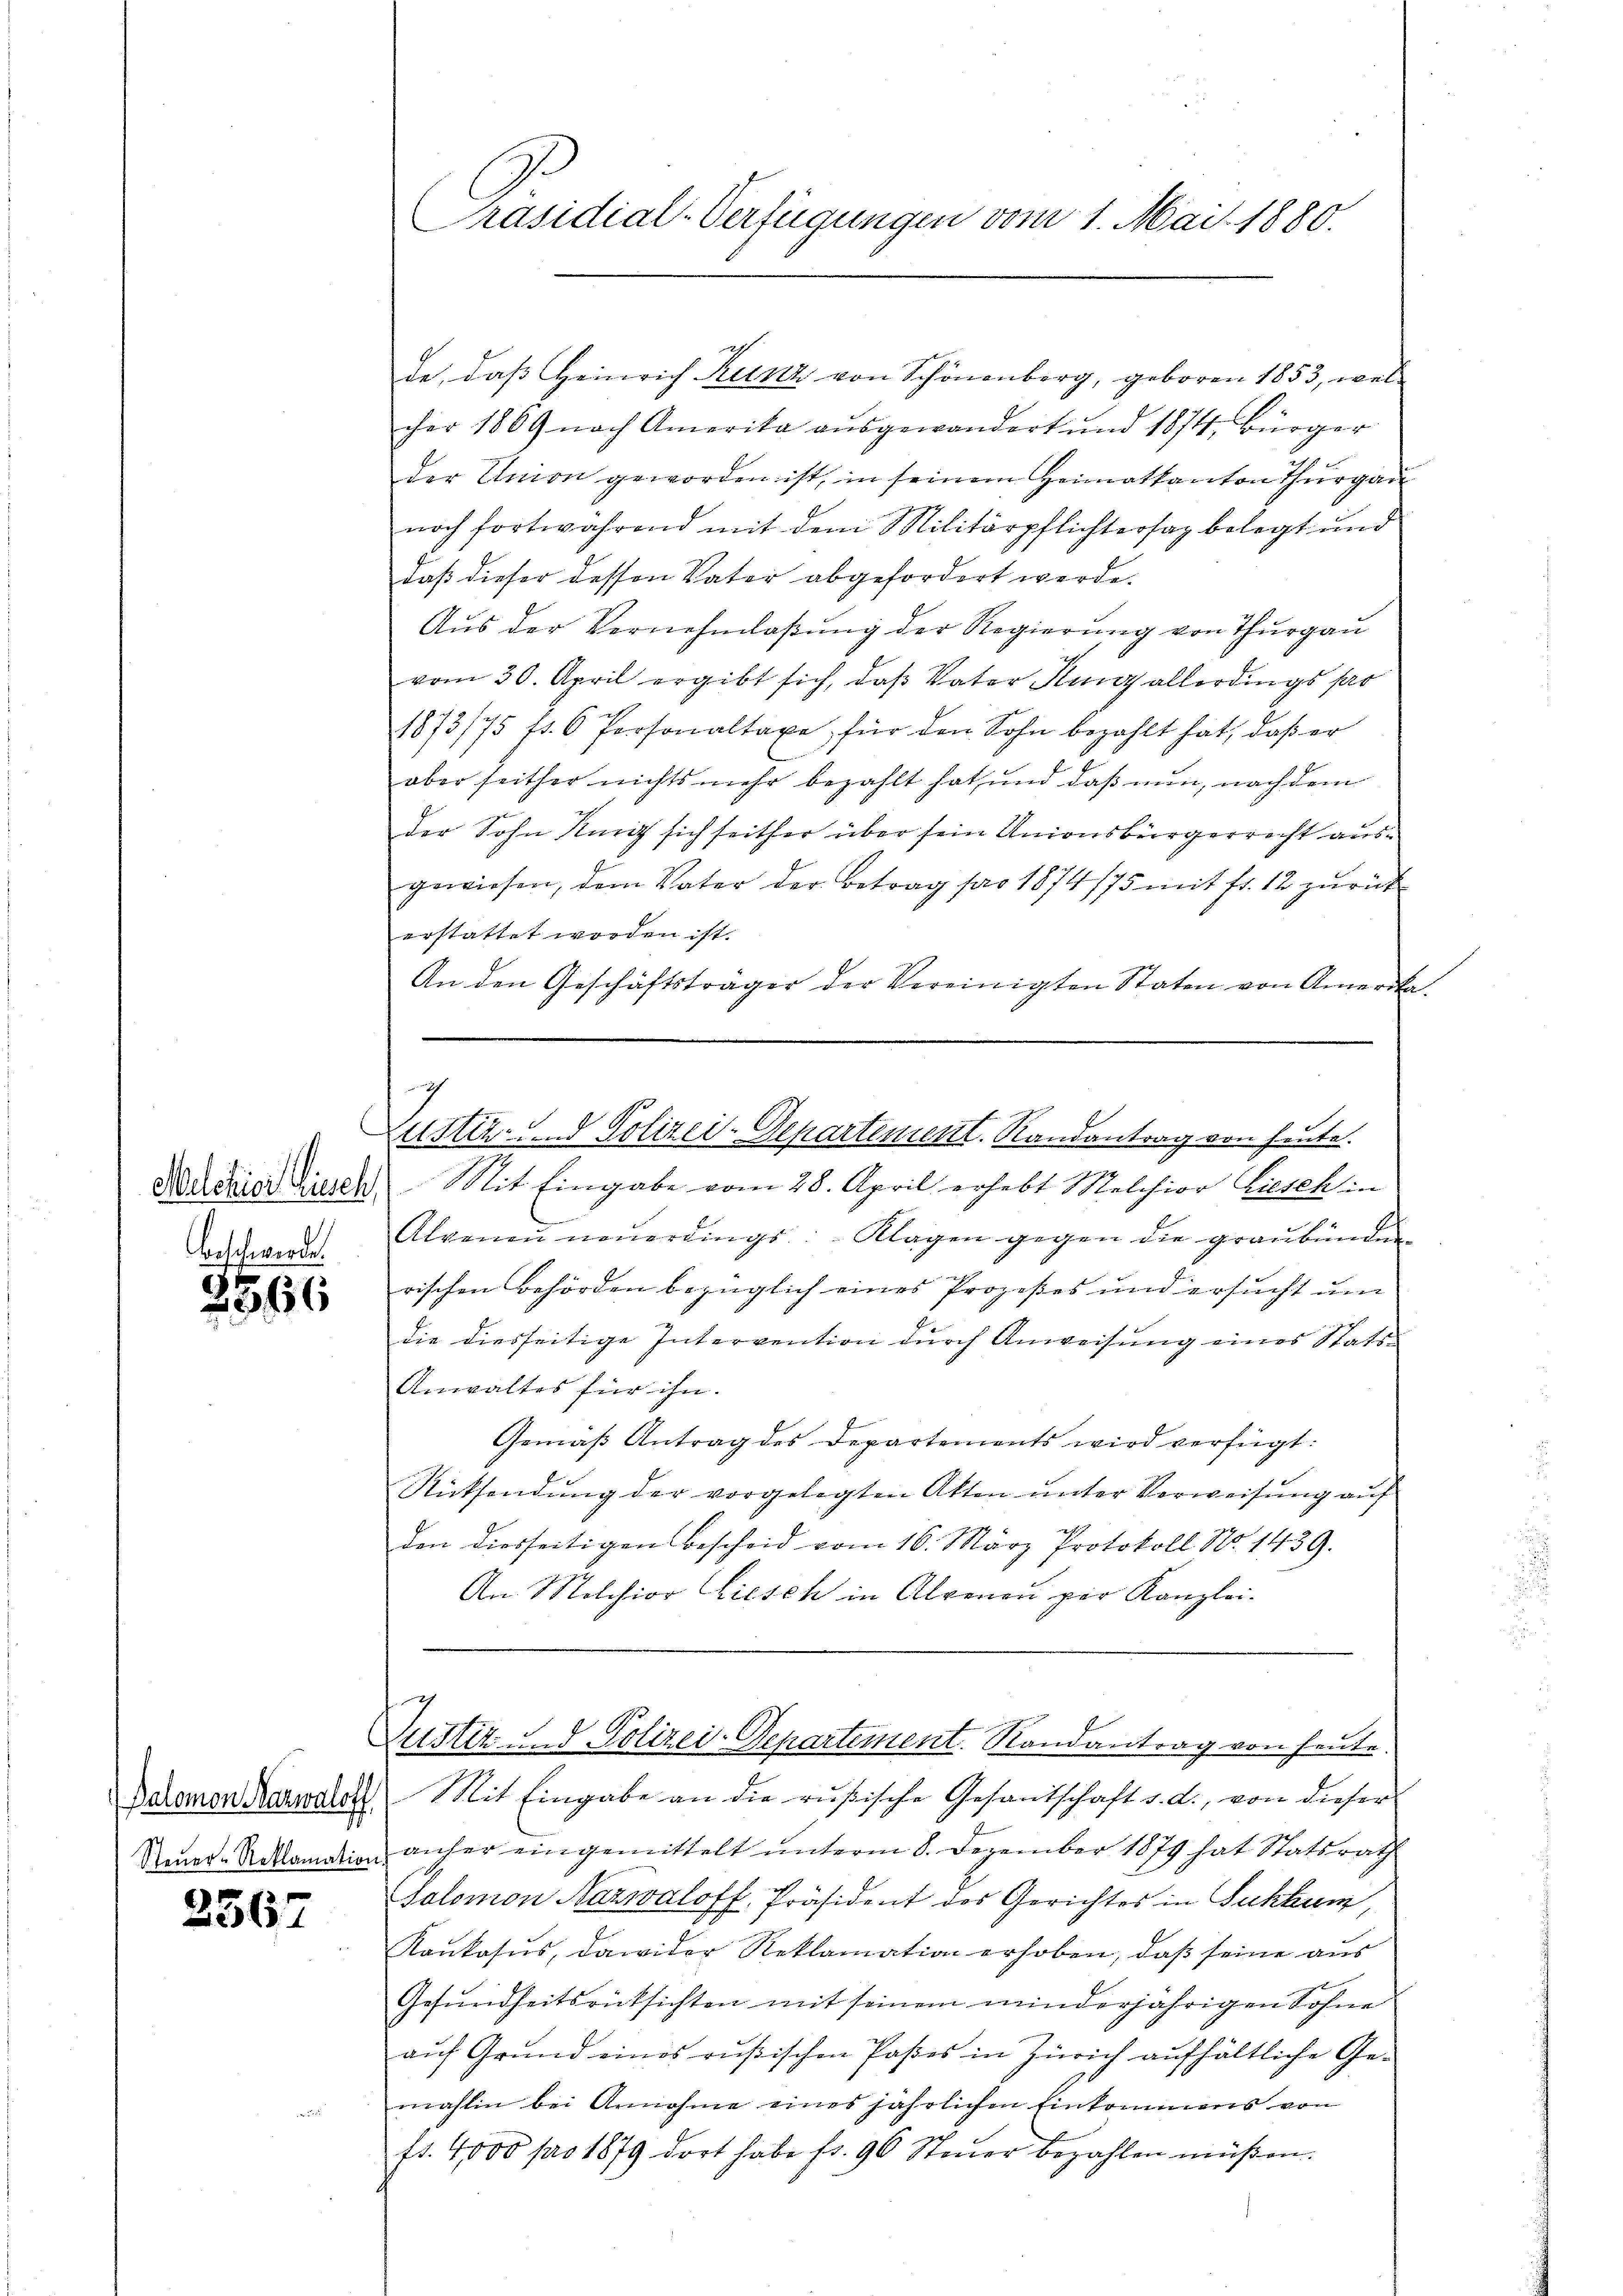
Welchior Tisch
Beschwerde.

2566

Palomon Mazwaloff,
Steuer-Reklamation

2567

Präsidial-Verfügungen vom 1. Mai 1880.

cher 1869 nach Amerika aŭsgewandert und 1871 Bürger
der Amon geworden ist, in seinem Heimatkanton Thurgau
noch fortwährend mit dem Militärpflichtersaz belegt und
daß dieser dessen Vater abgefordert werde.
Aus der Vernehmlassung der Regierung von Thurgau
vom 30. April ergibt sich, daß Vater King allerdings so
1873/75 fs. 6 Personaltaxe für den Sohn bezahlt hat, daβ er
aber seither nichts mehr bezahlt hat, und daß nun, nach dem
der Sohn Reiz sich seither über sein Unionsbürgerrecht ausgewiesen, dem Vater der Betrag pro 1874/75 mit fr. 12 zurück
erstattet worden ist.
An den Geschäftsträger der Vereinigten Staten von Amerika-
c
ustiz- u. Polizei-Departement. Randantrag von heute.
Mit Eingabe vom 28. April erhebt Melchior Ziesch in
Alvenaŭ nonerdings: Klagen gegen die graubünden
rischen Behörden bezüglich eines Prozeßes und ersucht um
die diesseitige Intervention durch Anweisung eines Stats¬
Anwaltes für ihn.
Gemäß Antrag des Departements wird verfügt:
Rücksendung der vorgelegten Akten unter Verweisung auf
den diesseitigen Bescheid vom 16. März Protokoll No 1439.
An Melchior Liesch in Alpenau par Kanzlei.

de, daß Heinrich Kunz von Schönenberg, geboren 1853, wel¬

Ustit. d. Polizei-Departement. Randantrag von heute

Mit Eingabe an die rußische Gesantschaft d. d., von dieser
anher eingemittelt unterm 8. Dezember 1879 hat Statsrath
Salomon Nazwaloff, Präsident des Gerichtes in Fukhum
Raukosus, dawider Reklamation erhoben, daß seine aus
Gesundheitsrücksichten mit seinem minderjährigen Sohne
auf Grund eines rußischen Paßes in Zürich aufhältliche Ge-
mahlin bei Annahme eines jährlichen Einkommens von
fr. 4000 pro 1879 dort habe fr. 90 Steŭer bezahlen müßen.